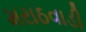
મરાઠવાડી